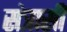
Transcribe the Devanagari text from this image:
संत्रासी